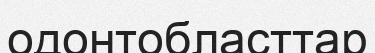
одонтобласттар